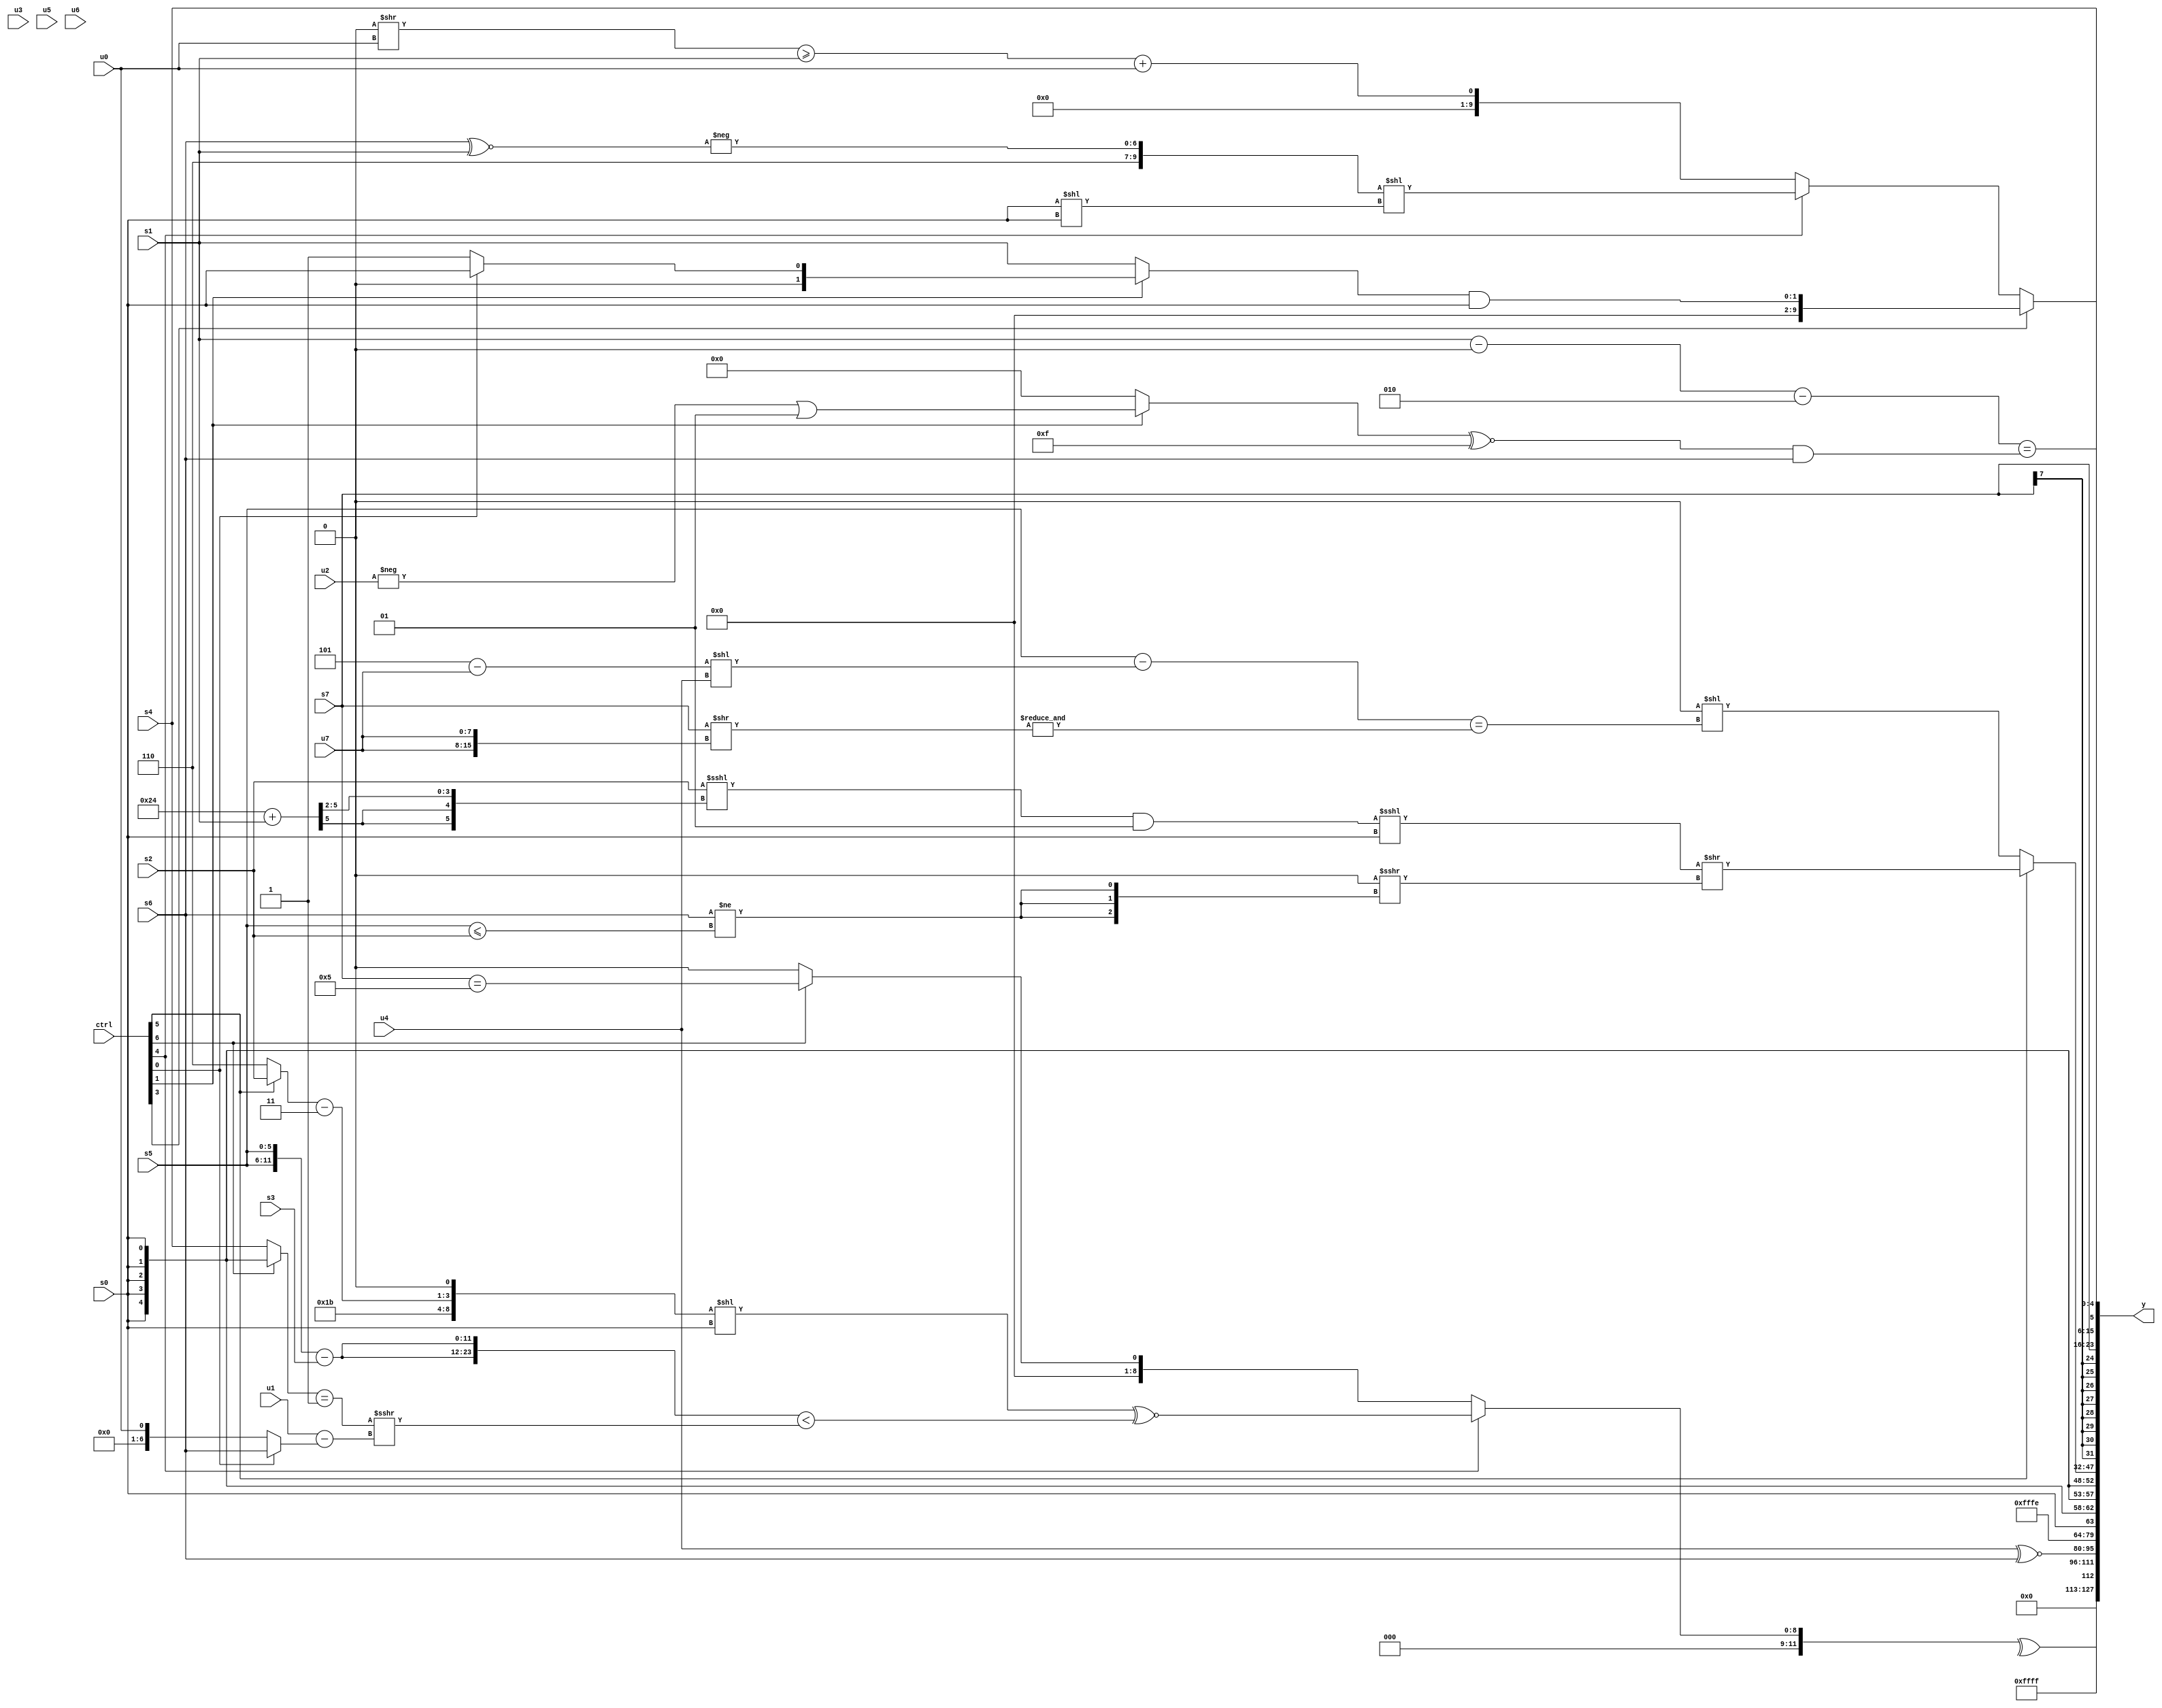
module wideexpr_00259(ctrl, u0, u1, u2, u3, u4, u5, u6, u7, s0, s1, s2, s3, s4, s5, s6, s7, y);
  input [7:0] ctrl;
  input [0:0] u0;
  input [1:0] u1;
  input [2:0] u2;
  input [3:0] u3;
  input [4:0] u4;
  input [5:0] u5;
  input [6:0] u6;
  input [7:0] u7;
  input signed [0:0] s0;
  input signed [1:0] s1;
  input signed [2:0] s2;
  input signed [3:0] s3;
  input signed [4:0] s4;
  input signed [5:0] s5;
  input signed [6:0] s6;
  input signed [7:0] s7;
  output [127:0] y;
  wire [15:0] y0;
  wire [15:0] y1;
  wire [15:0] y2;
  wire [15:0] y3;
  wire [15:0] y4;
  wire [15:0] y5;
  wire [15:0] y6;
  wire [15:0] y7;
  assign y = {y0,y1,y2,y3,y4,y5,y6,y7};
  assign y0 = ^($signed((ctrl[4]?$signed((({5'sb11011,((ctrl[5]?s2:3'sb110))-(+(2'b11)),1'sb0})<<(s0))^~(({2{({2{s5}})-($unsigned(s3))}})<((((ctrl[6]?s0:s4))==(+(1'sb1)))>>>((u1)-((ctrl[0]?s6:u0)))))):{1{(ctrl[6]?(s7)==($signed(4'sb0101)):{1{{3{({2{1'sb0}})&(-(4'sb0011))}}}})}})));
  assign y1 = 2'sb11;
  assign y2 = (u4)^~(s6);
  assign y3 = 2'sb10;
  assign y4 = s0;
  assign y5 = (ctrl[5]?((((s2)<<<(((6'sb100100)+(s1))>>>($unsigned(2'sb10))))&($signed(2'sb01)))<<<(s0))>>((&((-($signed(4'b1101)))&($signed($signed(2'sb01)))))>>>(({3{($unsigned(s6))!=((s5)<=(s2))}})>>(4'sb0000))):(2'sb00)<<((($unsigned(s5))-(($unsigned((3'sb101)-(u7)))<<(u4)))==(&(($signed(s7))>>({2{{1{u7}}}})))));
  assign y6 = s7;
  assign y7 = {($signed(s2))-((ctrl[1]?s6:2'sb10)),$unsigned((ctrl[3]?((ctrl[1]?(ctrl[0]?s0:+(+(!(2'sb00)))):s1))&(s0):(ctrl[4]?($signed({5'sb00110,-((s6)^~(s1))}))<<((s0)<<(s0)):$signed(-((((1'b0)>>(u0))>=({s1}))+(u0)))))),$unsigned((((s1)-($signed($signed({1{(6'b001111)>>(5'b10001)}}))))-(3'sb010))==((((ctrl[1]?(-($signed(u2)))|(-(1'sb1)):1'sb0))^~(5'sb01111))&(s6))),s4};
endmodule